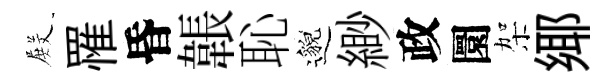
𭮺罹昏韔恥邈緲政圜架鄊